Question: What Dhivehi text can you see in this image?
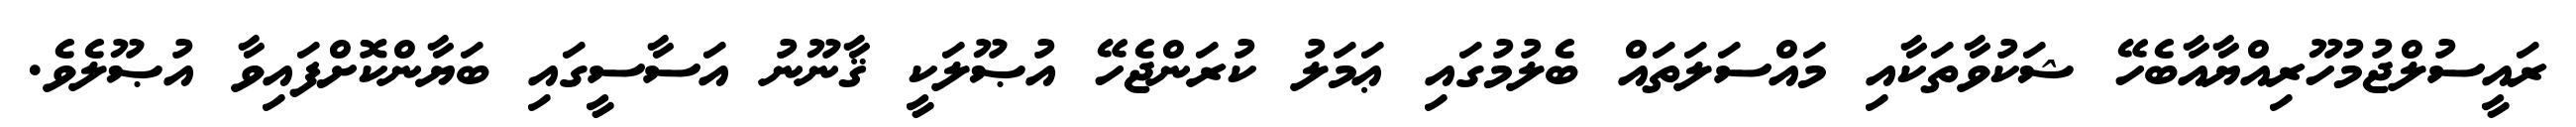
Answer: ރައީސުލްޖުމުހޫރިއްޔާއާބެހޭ ޝަކުވާތަކާއި މައްސަލަތައް ބެލުމުގައި ޢަމަލު ކުރަންޖެހޭ އުޞޫލަކީ ޤާނޫނު އަސާސީގައި ބަޔާންކޮށްފައިވާ އުޞޫލެވެ.